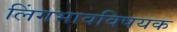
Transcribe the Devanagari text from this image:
लिंगभावविषयक